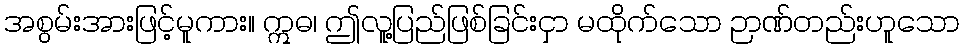
အစွမ်းအားဖြင့်မူကား။ ဣဓ၊ ဤလူ့ပြည်ဖြစ်ခြင်းငှာ မထိုက်သော ဉာဏ်တည်းဟူသော